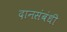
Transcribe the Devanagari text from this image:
दानसंबंधी